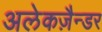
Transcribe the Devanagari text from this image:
अलेकज़ैन्डर